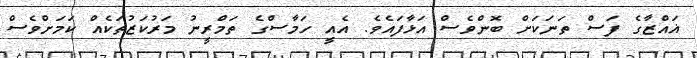
ޣައްޒާގެ ފަސް ތަނަކަށް ބޮންވެސް އަޅާފައެވެ. އެއީ ހަމާސްގެ ތަމްރީނު މަރުކަޒުތަކެއް ކަމަށްވެސް